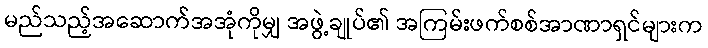
မည်သည့်အဆောက်အအုံကိုမျှ အဖွဲ့ချုပ်၏ အကြမ်းဖက်စစ်အာဏာရှင်များက